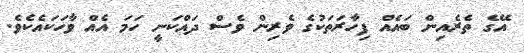
އޭގެ ތެރެއިން ބައެއް ފިހާރަތަކުގެ ވެރިން ވެސް ދައްކަނީ ހަމަ އެއް ވާހަކައެކެވެ.